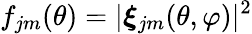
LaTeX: f_{jm}(\theta)=|\boldsymbol{\xi}_{jm}(\theta,\varphi)|^{2}